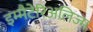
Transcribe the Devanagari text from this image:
इम्मैटेरिअलिज्म